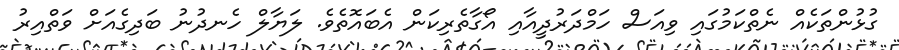
ގުޅުންތަކެއް ނެތްކަމުގައި ވިއަސް ހަމްދަރުދީއާއި އޯގާތެރިކަން އެބައޮތެވެ. ލަޔާލް ހެނދުނު ބަދިގެއަށް ވަތްއިރު